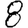
Digit: 8